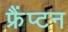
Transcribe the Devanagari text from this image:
फ्रैंप्टन